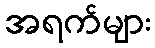
အရက်များ